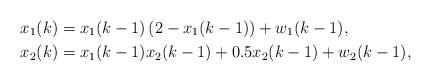
LaTeX: \begin{align*} x_1(k)&= x_1(k-1)\left(2-x_1(k-1)\right)+w_1(k-1),\\ x_2(k)&= x_1(k-1)x_2(k-1)+0.5x_2(k-1)+w_2(k-1),\end{align*}